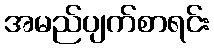
အမည်ပျက်စာရင်း